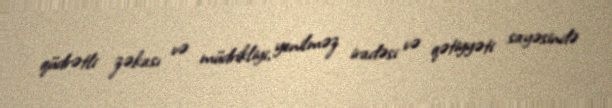
qüdrətli zəkası və müdrikliyi, yenilməz iradəsi və qətiyyəti sayəsində